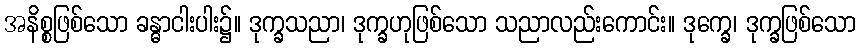
အနိစ္စဖြစ်သော ခန္ဓာငါးပါး၌။ ဒုက္ခသညာ၊ ဒုက္ခဟုဖြစ်သော သညာလည်းကောင်း။ ဒုက္ခေ၊ ဒုက္ခဖြစ်သော